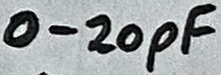
Text: 0-20pF